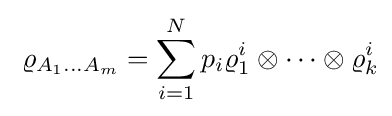
\;\varrho _{A_{1}\ldots A_{m}}=\sum _{i=1}^{N}p_{i}\varrho _{1}^{i}\otimes \cdots \otimes \varrho _{k}^{i}